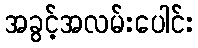
အခွင့်အလမ်းပေါင်း